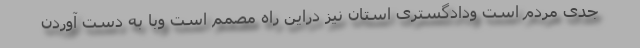
جدی مردم است ودادگستری استان نیز دراین راه مصمم است وبا به دست آوردن